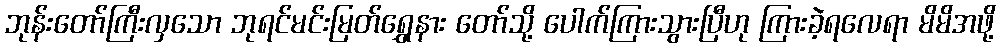
ဘုန်းတော်ကြီးလှသော ဘုရင်မင်းမြတ်ရွှေနား တော်သို့ ပေါက်ကြားသွားပြီဟု ကြားခဲ့ရလေရာ မိမိအဖို့